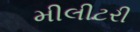
મીલીટરી